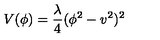
V ( \phi ) = { \frac { \lambda } { 4 } } ( \phi ^ { 2 } - v ^ { 2 } ) ^ { 2 }